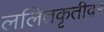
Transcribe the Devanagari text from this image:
ललितकृतीवर